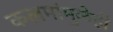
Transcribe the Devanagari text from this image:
कलमांमुळेही